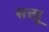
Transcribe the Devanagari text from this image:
सत्ताू